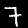
Digit: 7